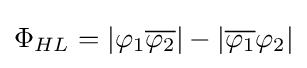
\Phi _{HL}=|\varphi _{1}{\overline {\varphi _{2}}}|-|{\overline {\varphi _{1}}}\varphi _{2}|